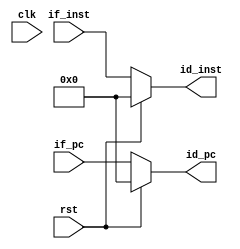
module if_id(
    input wire rst,
    input wire clk,
    input wire [31:0] if_pc,
    input wire [31:0] if_inst,
    output reg [31:0] id_pc,
    output reg [31:0] id_inst
);
    always @ (*) begin
        if(rst == 1'b1)begin
            id_pc <= 32'h00000000;
            id_inst <= 32'h00000000;
        end else begin
            id_pc <= if_pc;
            id_inst <= if_inst;
        end
    end
endmodule